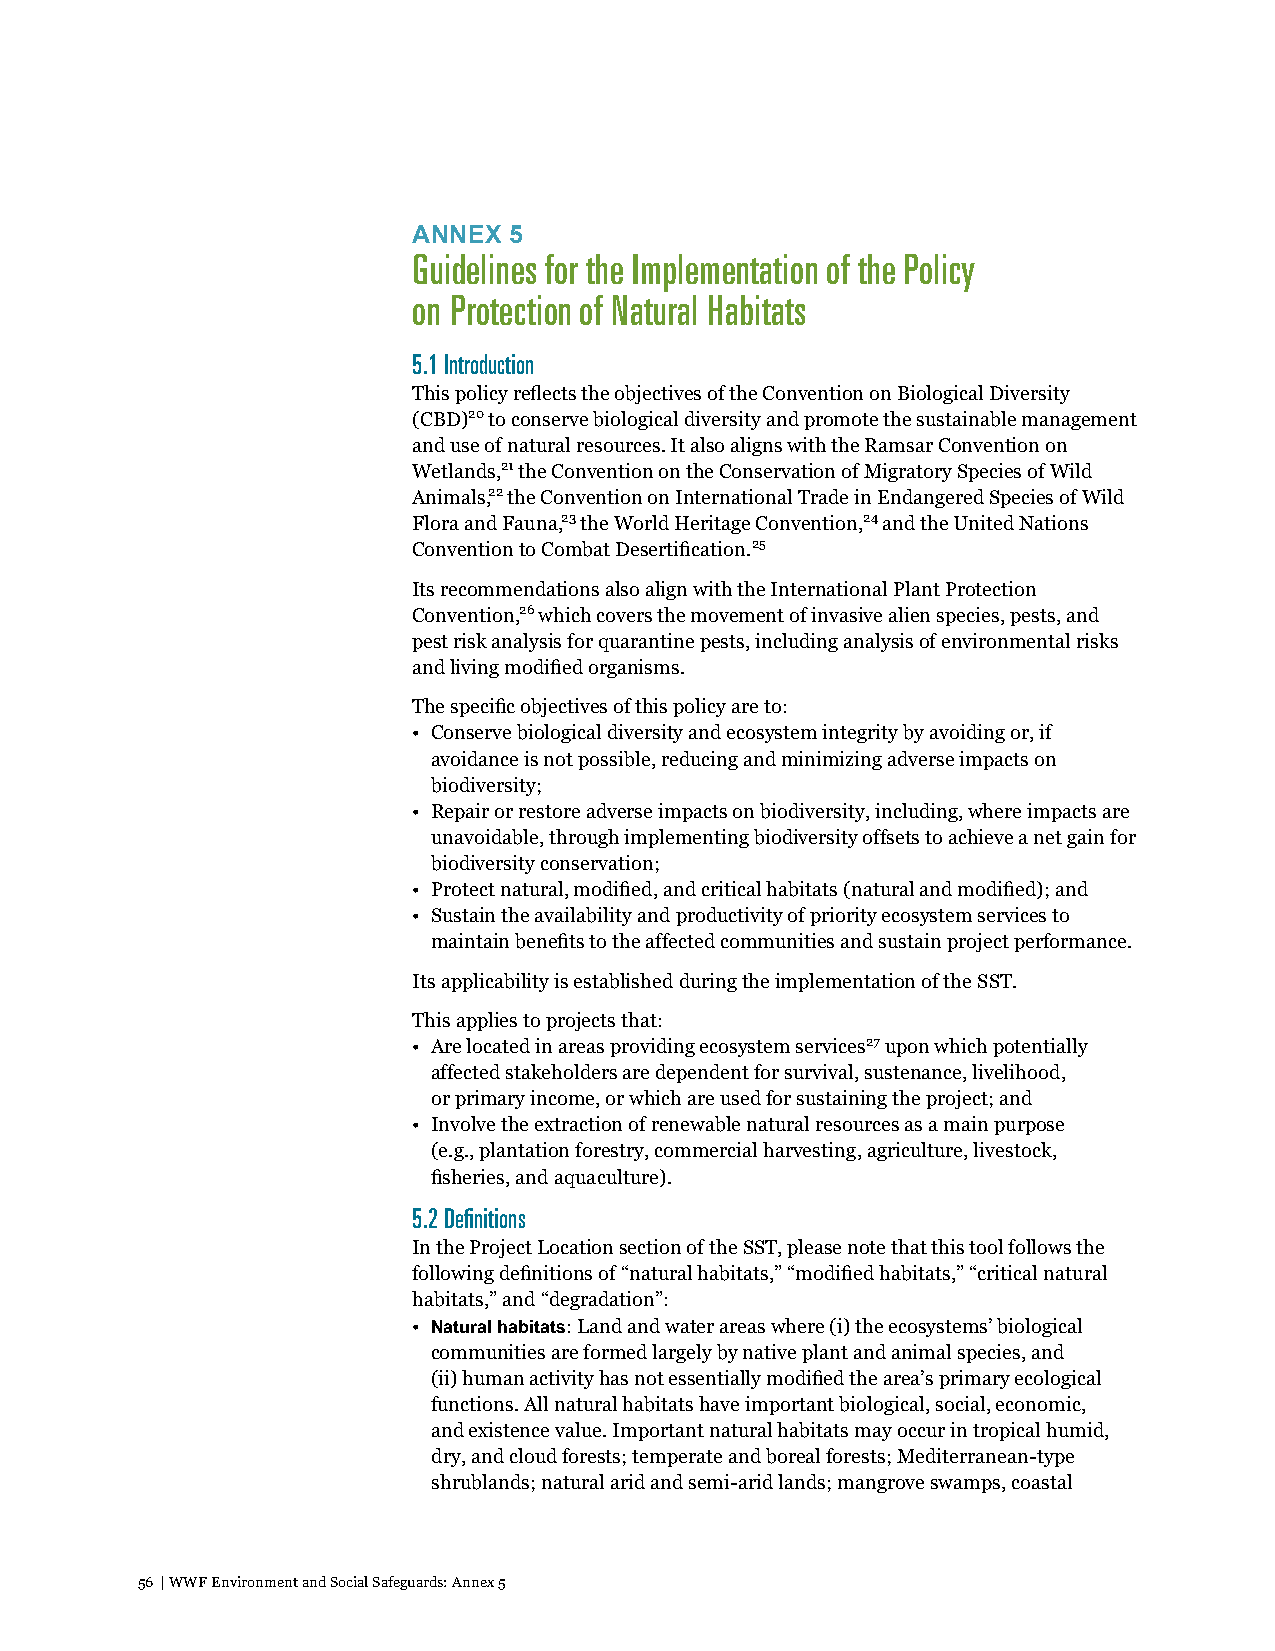
ANNEX  5
 Guidelines for the Implementation of the Policy
 on Protection of Natural Habitats
 5.1 Introduction
 This policy reflects the objectives of the Convention on Biological Diversity
 (CBD)20 to conserve biological diversity and promote the sustainable management
 and use of natural resources. It also aligns with the Ramsar Convention on
 Wetlands,21 the Convention on the Conservation of Migratory Species of Wild
 Animals,22 the Convention on International Trade in Endangered Species of Wild
 Flora and Fauna,23 the World Heritage Convention,24 and the United Nations
 Convention to Combat Desertification.25
 Its recommendations also align with the International Plant Protection
 Convention,26 which covers the movement of invasive alien species, pests, and
 pest risk analysis for quarantine pests, including analysis of environmental risks
 and living modified organisms.
 The specific objectives of this policy are to:
 • Conserve biological diversity and ecosystem integrity by avoiding or, if
 avoidance is not possible, reducing and minimizing adverse impacts on
 biodiversity;
 • Repair or restore adverse impacts on biodiversity, including, where impacts are
 unavoidable, through implementing biodiversity offsets to achieve a net gain for
 biodiversity conservation;
 • Protect natural, modified, and critical habitats (natural and modified); and
 • Sustain the availability and productivity of priority ecosystem services to
 maintain benefits to the affected communities and sustain project performance.
 Its applicability is established during the implementation of the SST.
 This applies to projects that:
 • Are located in areas providing ecosystem services27 upon which potentially
 affected stakeholders are dependent for survival, sustenance, livelihood,
 or primary income, or which are used for sustaining the project; and
 • Involve the extraction of renewable natural resources as a main purpose
 (e.g., plantation forestry, commercial harvesting, agriculture, livestock,
 fisheries, and aquaculture).
 5.2 Definitions
 In the Project Location section of the SST, please note that this tool follows the
 following definitions of “natural habitats,” “modified habitats,” “critical natural
 habitats,” and “degradation”:
 • Natural habitats: Land and water areas where (i) the ecosystems’ biological
 communities are formed largely by native plant and animal species, and
 (ii) human activity has not essentially modified the area’s primary ecological
 functions. All natural habitats have important biological, social, economic,
 and existence value. Important natural habitats may occur in tropical humid,
 dry, and cloud forests; temperate and boreal forests; Mediterranean-type
 shrublands; natural arid and semi-arid lands; mangrove swamps, coastal
 56 | WWF Environment and Social Safeguards: Annex 5